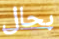
بحال